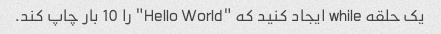
یک حلقه while ایجاد کنید که "Hello World" را 10 بار چاپ کند.